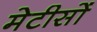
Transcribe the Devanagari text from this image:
मेटीसों